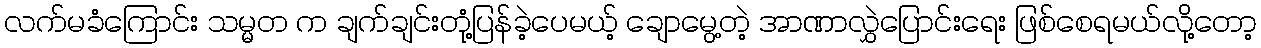
လက်မခံကြောင်း သမ္မတ က ချက်ချင်းတုံ့ပြန်ခဲ့ပေမယ့် ချောမွေ့တဲ့ အာဏာလွှဲပြောင်းရေး ဖြစ်စေရမယ်လို့တော့